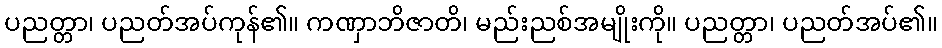
ပညတ္တာ၊ ပညတ်အပ်ကုန်၏။ ကဏှာဘိဇာတိ၊ မည်းညစ်အမျိုးကို။ ပညတ္တာ၊ ပညတ်အပ်၏။